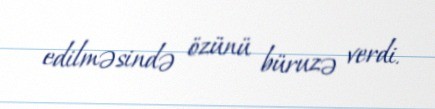
edilməsində özünü büruzə verdi.